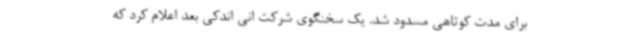
برای مدت کوتاهی مسدود شد. یک سخنگوی شرکت انی اندکی بعد اعلام کرد که